DOW-UAP-D48, Department of the Air Force Report, 1996
Agency: Department of War
Incident date: 9/10/96
Page 38
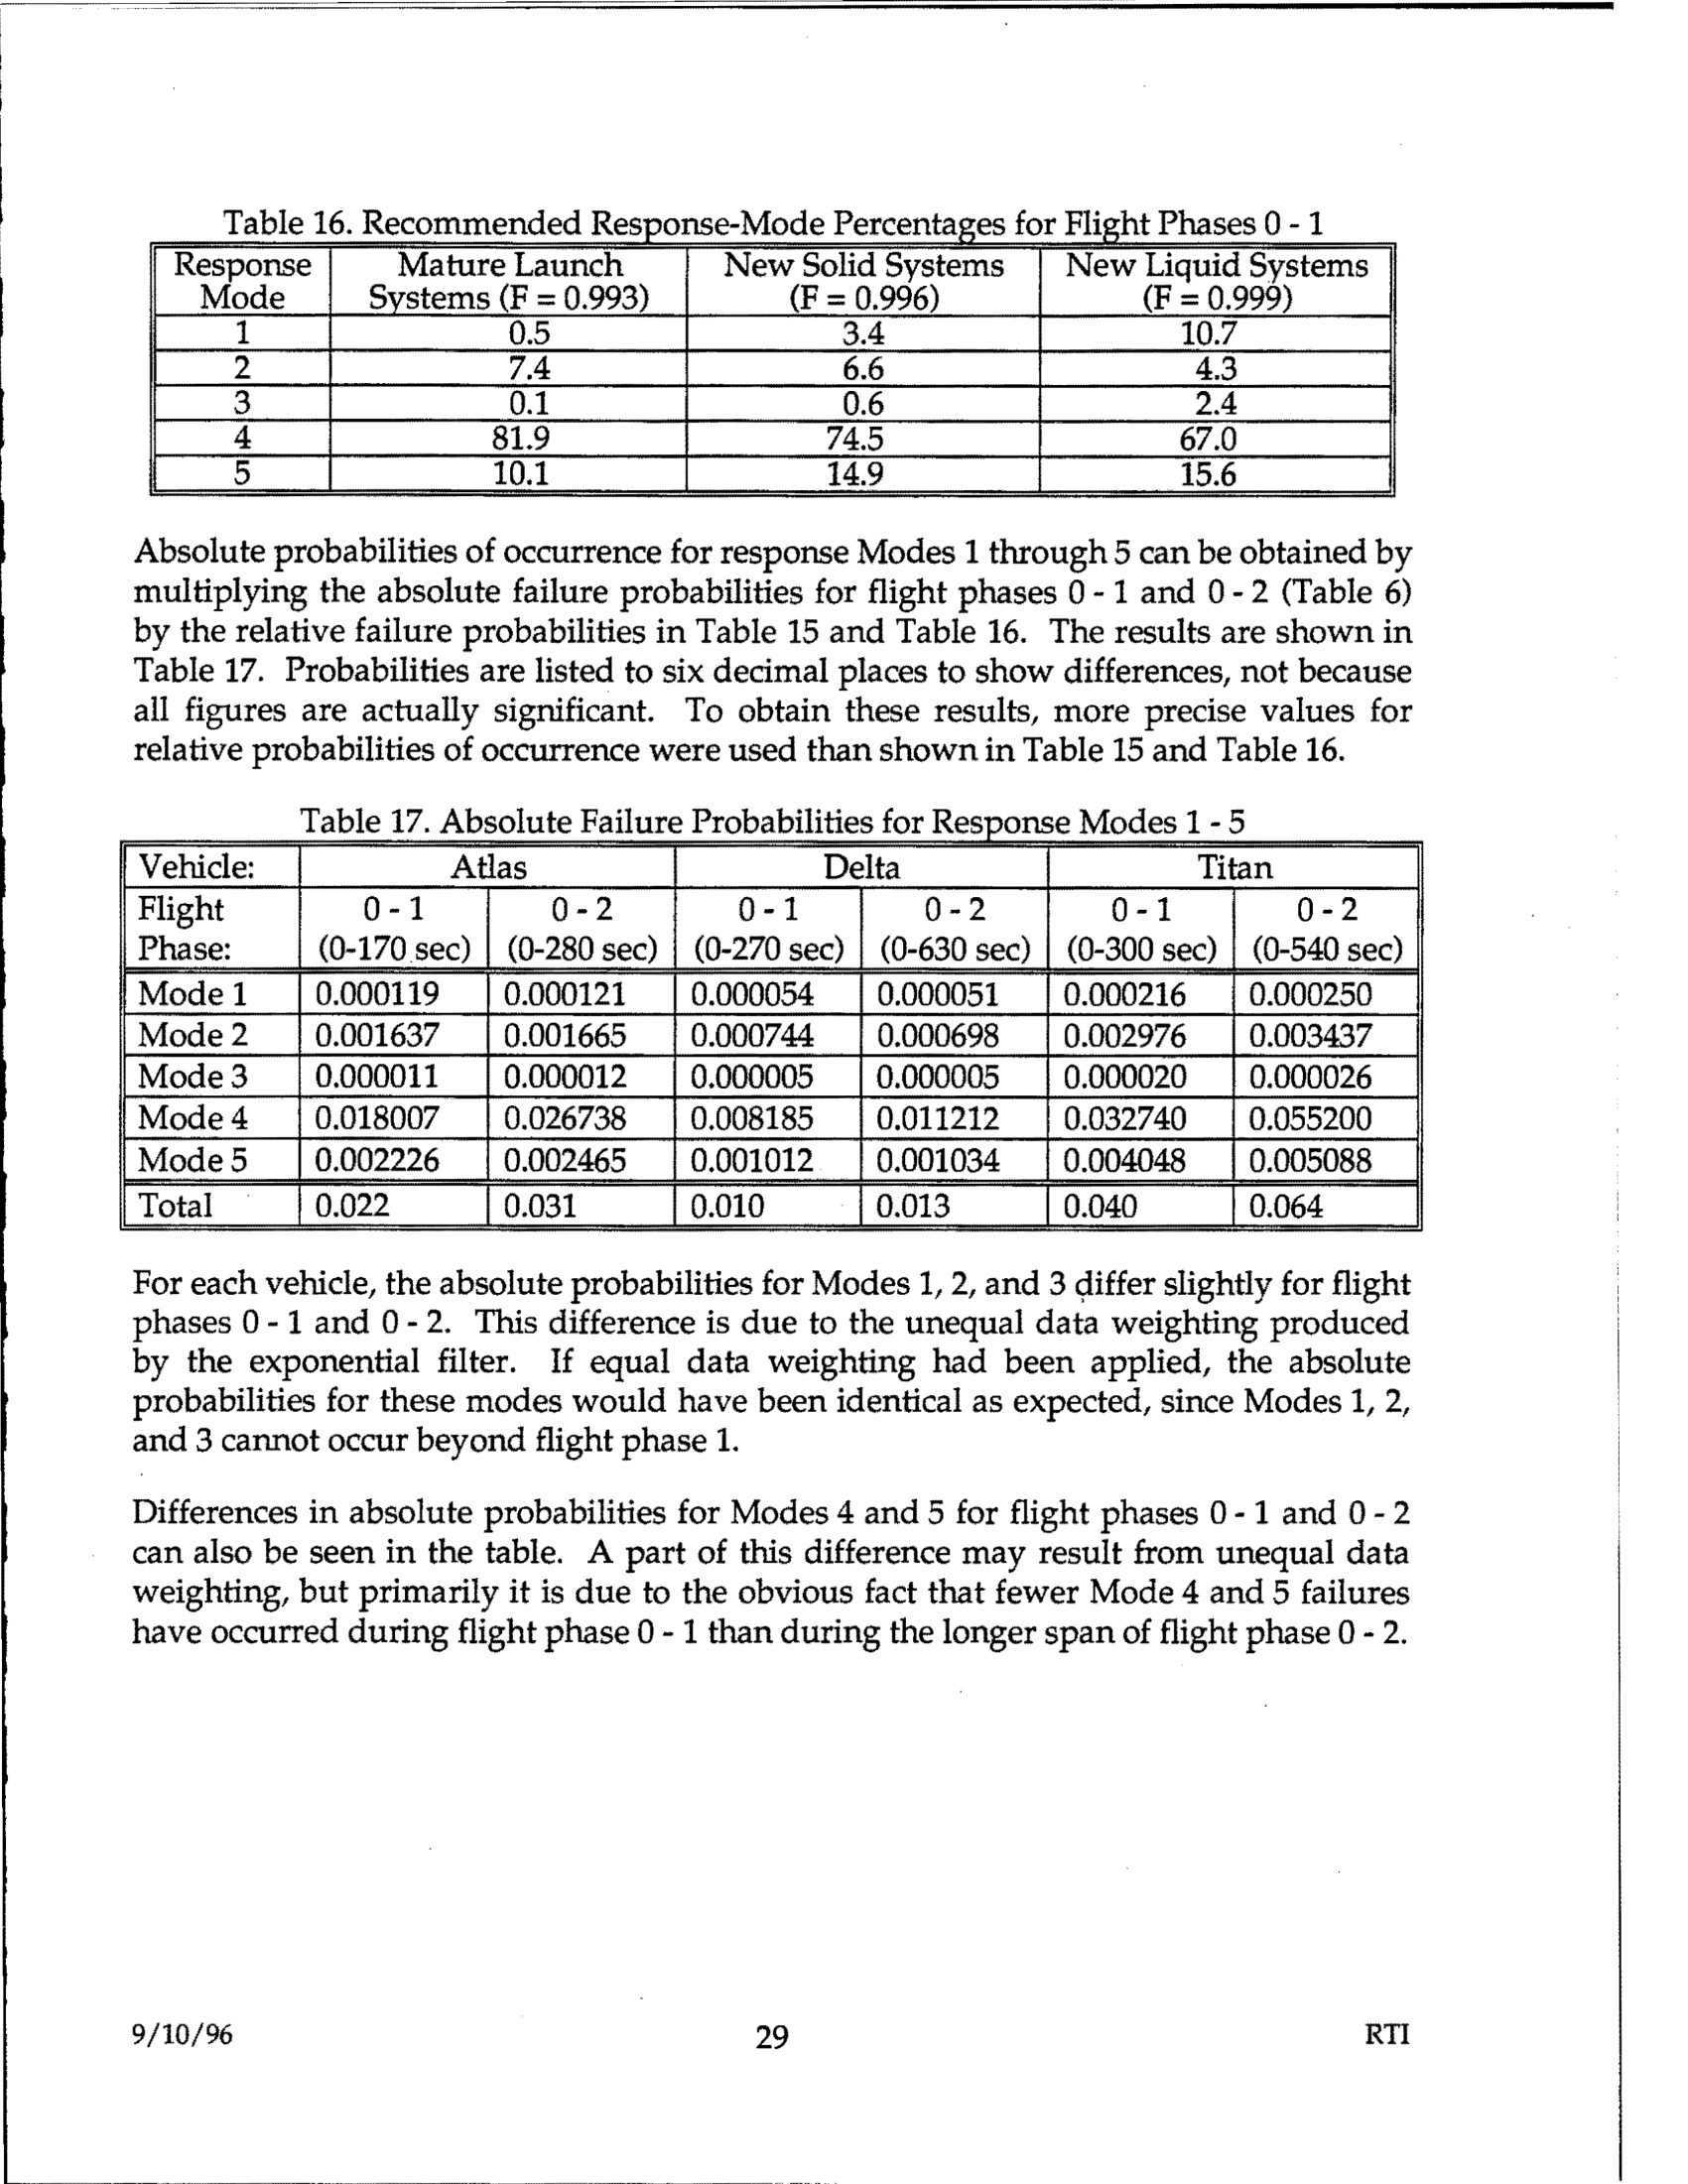